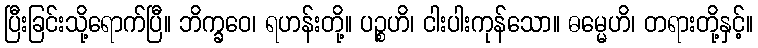
ပြီးခြင်းသို့ရောက်ပြီ။ ဘိက္ခဝေ၊ ရဟန်းတို့။ ပဉ္စဟိ၊ ငါးပါးကုန်သော။ ဓမ္မေဟိ၊ တရားတို့နှင့်။